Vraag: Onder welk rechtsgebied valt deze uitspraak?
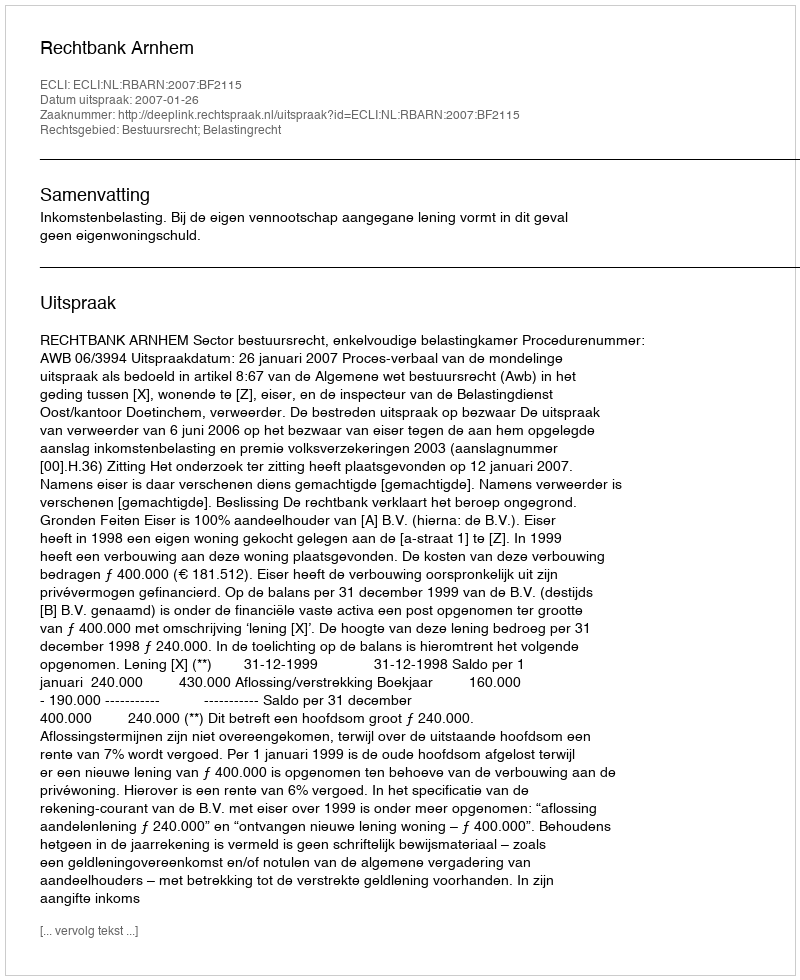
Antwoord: Bestuursrecht; Belastingrecht